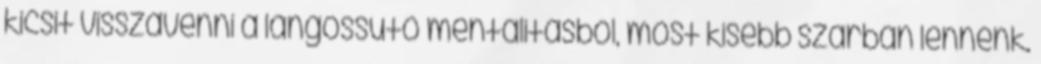
kicsit visszavenni a lángossütő mentalitásból, most kisebb szarban lennénk.